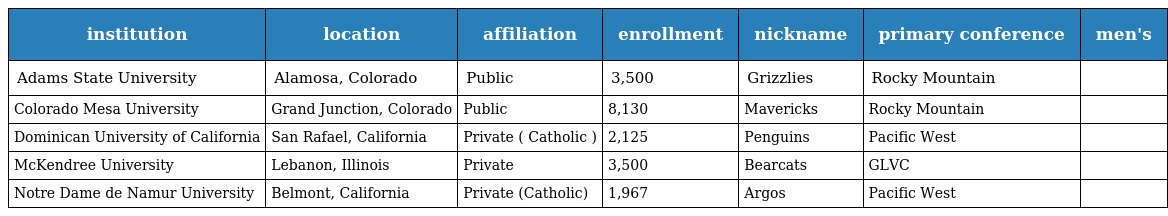
| institution | location | affiliation | enrollment | nickname | primary conference | men's |
 | --- | --- | --- | --- | --- | --- | --- |
 | Adams State University | Alamosa, Colorado | Public | 3,500 | Grizzlies | Rocky Mountain |  |
 | Colorado Mesa University | Grand Junction, Colorado | Public | 8,130 | Mavericks | Rocky Mountain |  |
 | Dominican University of California | San Rafael, California | Private ( Catholic ) | 2,125 | Penguins | Pacific West |  |
 | McKendree University | Lebanon, Illinois | Private | 3,500 | Bearcats | GLVC |  |
 | Notre Dame de Namur University | Belmont, California | Private (Catholic) | 1,967 | Argos | Pacific West |  |